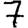
Digit: 7